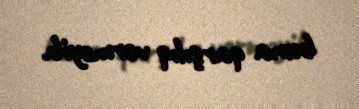
buna qarşılıq verməyib.